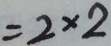
= 2 \times 2